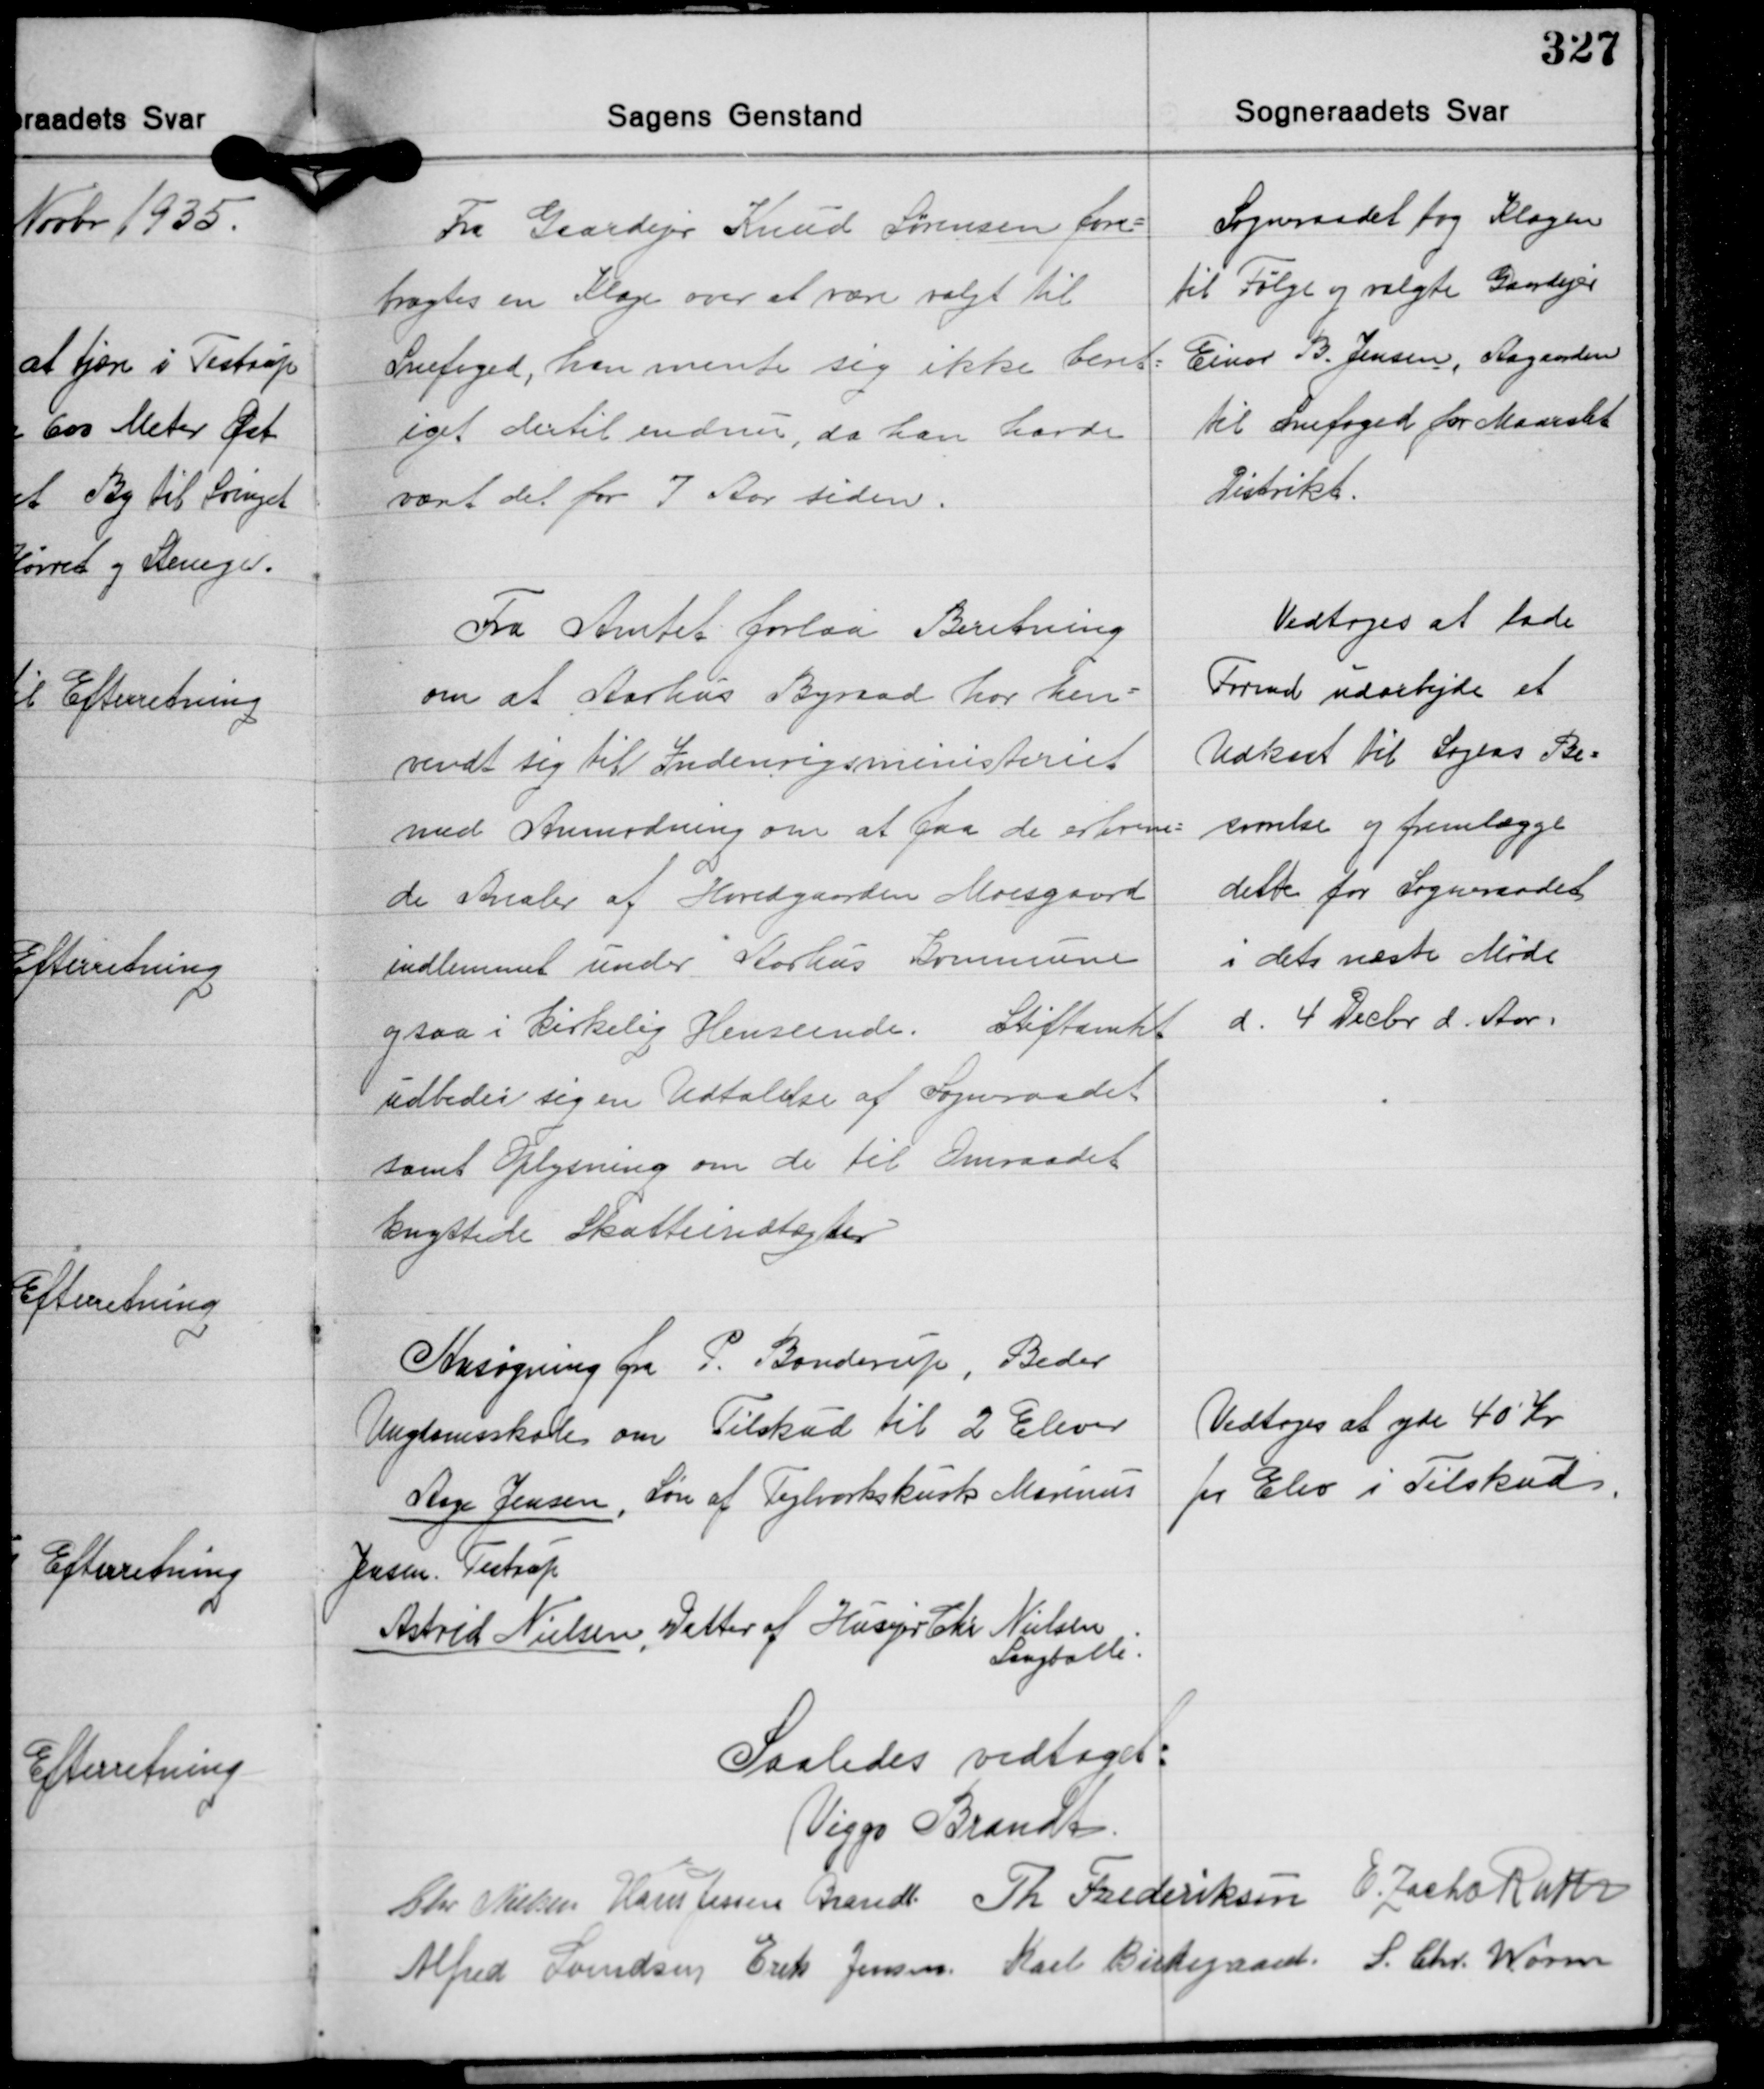
Transskription:
Fra Gaardejer Knud Sørensen fore-
bragtes en Klage over at være valgt til
Snefoged, han mente sig ikke beret-
iget dertil endnu, da han havde
været det for 7 Aar siden.

Sogneraadet tog Klagen
til Følge og valgte Gaardejer
Einar B. Jensen, Aagaarden
til Snefoged for Maarslet
Distrikt.

Fra Amtet forlaa Beretning
om at Aarhus Byraad har hen-
vendt sig til Indenrigsministeriet
med Anmodning om at gaa de erhverve-
de Arealer af Hovedgaarden Moesgaard
indlemmet under Aarhus Kommune
ogsaa i Kirkelig Henseende. Stiftamtet
udbeder sig en Udtalelse af Sogneraadet
samt Oplysning om de til Omraadet
knyttede Skatteindtægter

Vedtoges at lade
Formd. udarbejde et
Udkast til Sagens Be-
svarelse og fremlægge
dette for Sogneraadet
i dets næste Møde
d. 4 Decbr. d. Aar.

Ansøgning fra P. Bonderup, Beder
Ungdomsskole om Tilskud til 2 Elever
Aage Jensen, Søn af Teglværkskusk Marinus
Jensen. Testrup
Astrid Nielsen, Datter af Husejer Chr. Nielsen
Langballe.

Vedtoges at yde 40 Kr.
pr. Elev i Tilskud

Saaledes vedtaget:
Viggo Brandt
Chr. Nielsen Hans Jessen Brandt Th. Frederiksen E. Zacho Rath
Alfred Svendsen Erik Jensen Karl Birkegaard S. Chr. Worm